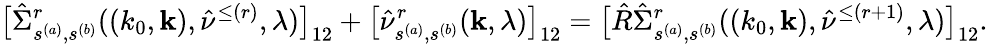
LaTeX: \big[\hat{\Sigma}_{s^{(a)},s^{(b)}}^{r}((k_{0},{\mathbf k}),\hat{\nu}^{\le(r)},\lambda)\big]_{12}+\big[\hat{\nu}_{s^{(a)},s^{(b)}}^{r}({\mathbf k},\lambda)\big]_{12}=\big[\hat{R}\hat{\Sigma}_{s^{(a)},s^{(b)}}^{r}((k_{0},{\mathbf k}),\hat{\nu}^{\le(r+1)},\lambda)\big]_{12}.